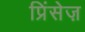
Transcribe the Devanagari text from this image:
प्रिंसेज़